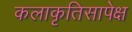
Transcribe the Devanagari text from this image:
कलाकृतिसापेक्ष